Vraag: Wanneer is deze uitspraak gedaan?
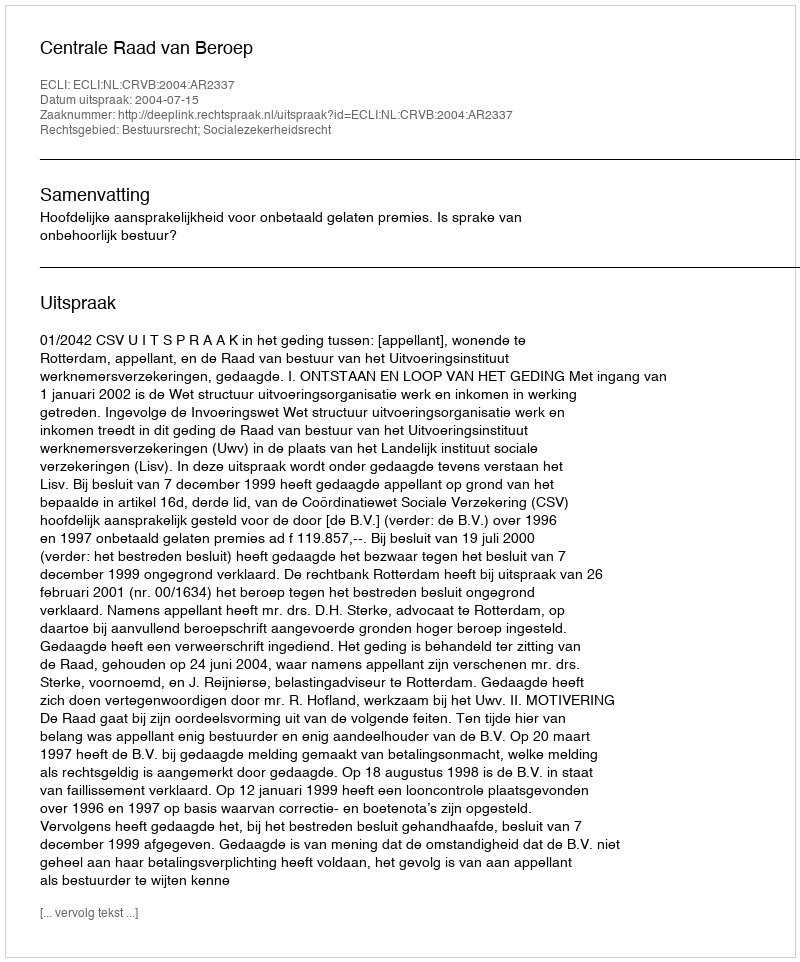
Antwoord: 2004-07-15